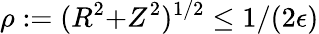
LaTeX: \rho:=(R^{2}{+}Z^{2})^{1/2}\le 1/(2\epsilon)